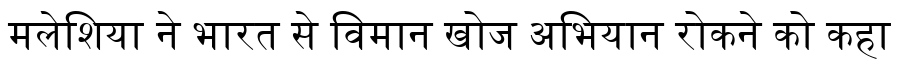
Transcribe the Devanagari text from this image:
मलेशिया ने भारत से विमान खोज अभियान रोकने को कहा